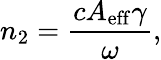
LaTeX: n_{2}=\frac{cA_{\mathrm{eff}}\gamma}{\omega},